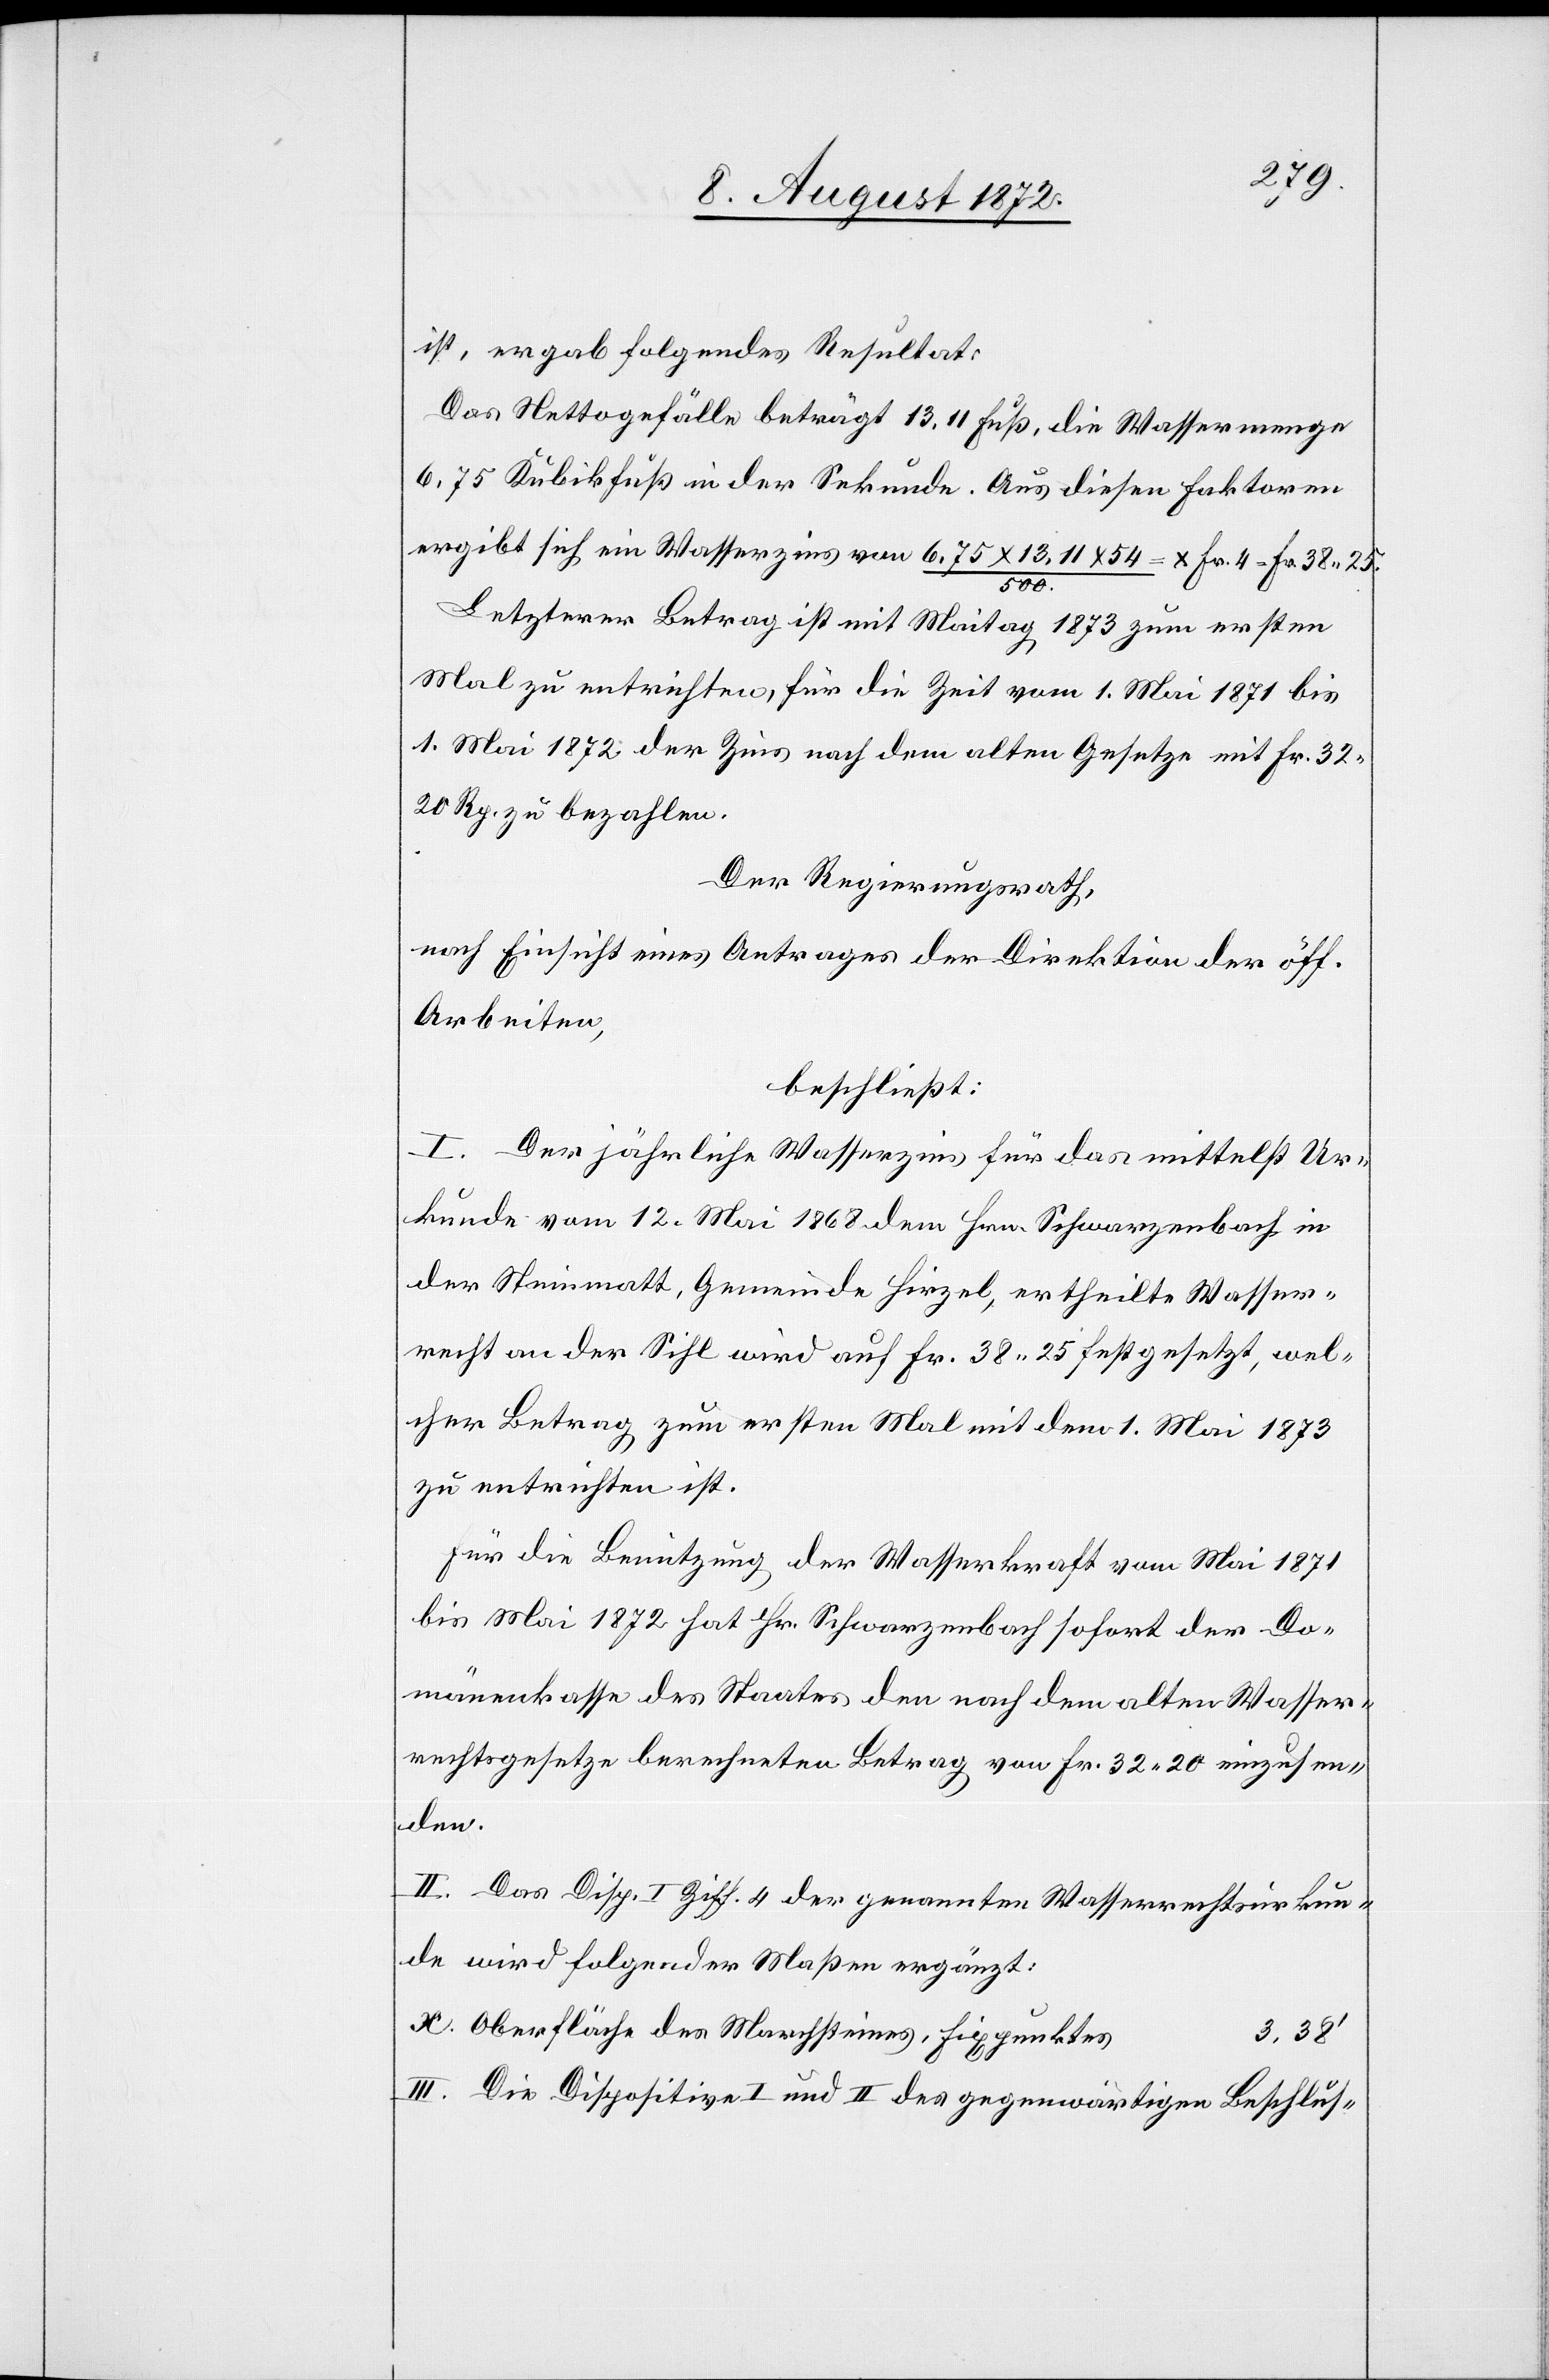
ist, ergab folgendes Resultat.
Das Nettogefälle beträgt 13,11 Fuß, die Wassermenge
6,75 Kubikfuß in der Sekunde. Aus diesen Faktoren
ergibt sich ein Wasserzins von 6.75 x 13,11 x 54 / 500 = x Fr. 4 = Fr. 38 25.
s		3,38’
Letzterer Betrag ist mit Maitag 1873 zum ersten
Mal zu entrichten, für die Zeit vom 1. Mai 1871 bis
1. Mai 1872 der Zins nach dem alten Gesetze mit Fr. 32
20 Rp. zu bezahlen.
Der Regierungsrath,
nach Einsicht eines Antrages der Direktion der öff.
Arbeiten,
beschließt:
I. Der jährliche Wasserzins für das mittelst Ur¬
kunde vom 12. Mai 1868 dem Hrn. Schwarzenbach in
der Steinmatt, Gemeinde Hirzel, ertheilte Wasser¬
recht an der Sihl wird auf Fr. 38 25 festgesetzt, wel¬
cher Betrag zum ersten Mal mit dem 1. Mai 1873
zu entrichten ist.
Für die Benützung der Wasserkraft vom Mai 1871
bis Mai 1872 hat Hr. Schwarzenbach sofort der Do¬
mänenkasse des Staates den nach dem alten Wasser¬
rechtsgesetze berechneten Betrag von Fr. 32 20 einzusen¬
den.
II. Das Disp. I Ziff. 4 der genannten Wasserrechtsurkun¬
de wird folgender Maßen ergänzt:
x. Oberfläche des Marchsteines, Fixpunkte¬
III. Die Dispositive I und II des gegenwärtigen Beschlus-